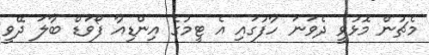
މެޗުން މޮޅުވީ ދެވަނަ ހާފުގައި އެ ޓީމުގެ އިންޑިއާ ފޯވަޑް ބާލަ ދޭވީ